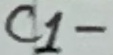
Text: C1-